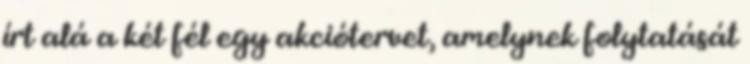
írt alá a két fél egy akciótervet, amelynek folytatását